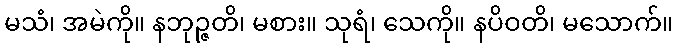
မသံ၊ အမဲကို။ နဘုဉ္ဇတိ၊ မစား။ သုရံ၊ သေကို။ နပိဝတိ၊ မသောက်။